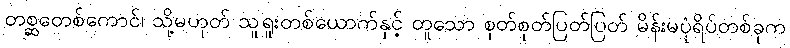
တစ္ဆတေစ်ကောင်၊ သို့မဟုတ် သူရူးတစ်ယောက်နှင့် တူသော စုတ်စုတ်ပြတ်ပြတ် မိန်းမပုံရိပ်တစ်ခုက